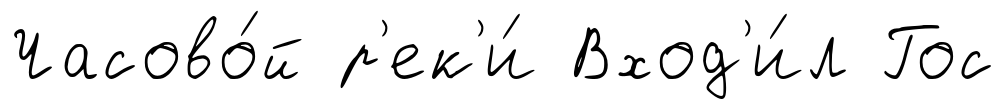
Часово́й р'ек'и́ Вход'и́л Гос